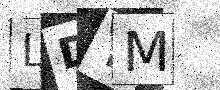
Text: LDYM